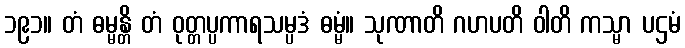
၁၉၁။ တံ ဓမ္မန္တိ တံ ဝုတ္တပ္ပကာရသမ္ပဒံ ဓမ္မံ။ သုဏာတိ ဂဟပတိ ဝါတိ ကသ္မာ ပဌမံ